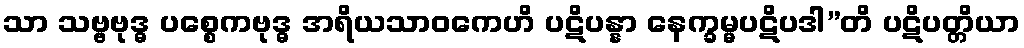
သာ သဗ္ဗဗုဒ္ဓ ပစ္စေကဗုဒ္ဓ အရိယသာဝကေဟိ ပဋိပန္နာ နေက္ခမ္မပဋိပဒါ”တိ ပဋိပတ္တိယာ